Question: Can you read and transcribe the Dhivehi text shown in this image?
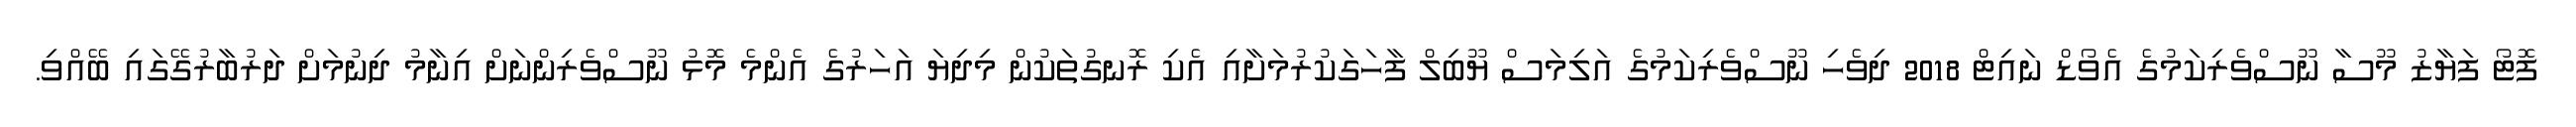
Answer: ފޮޓޯ ފަޔާޒު މޫސާ ނޫސްވެރިކަމުގެ އެވޯޑް ނައިޓް 2018 ދިވެހި ނޫސްވެރިކަމުގެ އަލިމަސް ޔޫބިލް ފާހަގަކުރުމަށާއި އެކި ރޮނގުތަކުން މިދިޔަ އަހަރުގެ އެންމެ މޮޅު ނޫސްވެރިންނަށް އިނާމު ދިނުމަށް ދަރުބާރުގޭގައި ބޭއްވި.